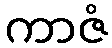
ကာဇံ